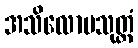
အသိလောမသုတ္တံ